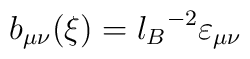
b_{\mu\nu}(\xi)={l_B}^{-2}\varepsilon_{\mu\nu}